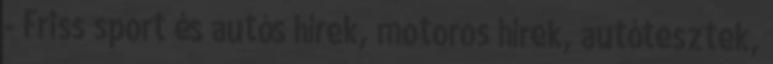
- Friss sport és autós hírek, motoros hírek, autótesztek,